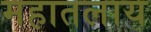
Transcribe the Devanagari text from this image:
महातलाय